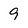
Character: 9